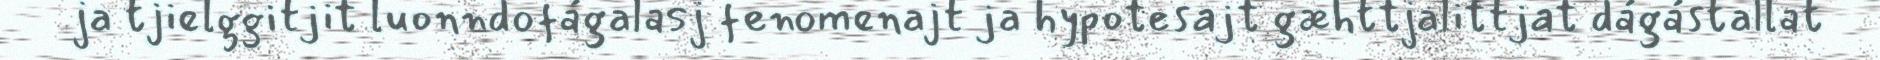
ja tjielggitjit luonndofágalasj fenomenajt ja hypotesajt gæhttjalittjat dágástallat